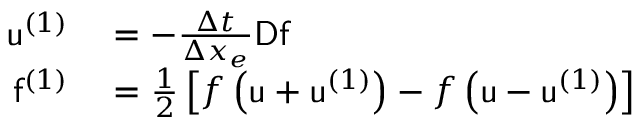
\begin{array} { r l } { \mathsf { u } ^ { ( 1 ) } } & { { } = - \frac { \Delta t } { \Delta x _ { e } } \mathsf { D } \mathsf { f } } \\ { \mathsf { f } ^ { ( 1 ) } } & { { } = \frac { 1 } { 2 } \left[ f \left( \mathsf { u } + \mathsf { u } ^ { ( 1 ) } \right) - f \left( \mathsf { u } - \mathsf { u } ^ { ( 1 ) } \right) \right] } \end{array}